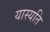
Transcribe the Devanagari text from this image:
यास्यति